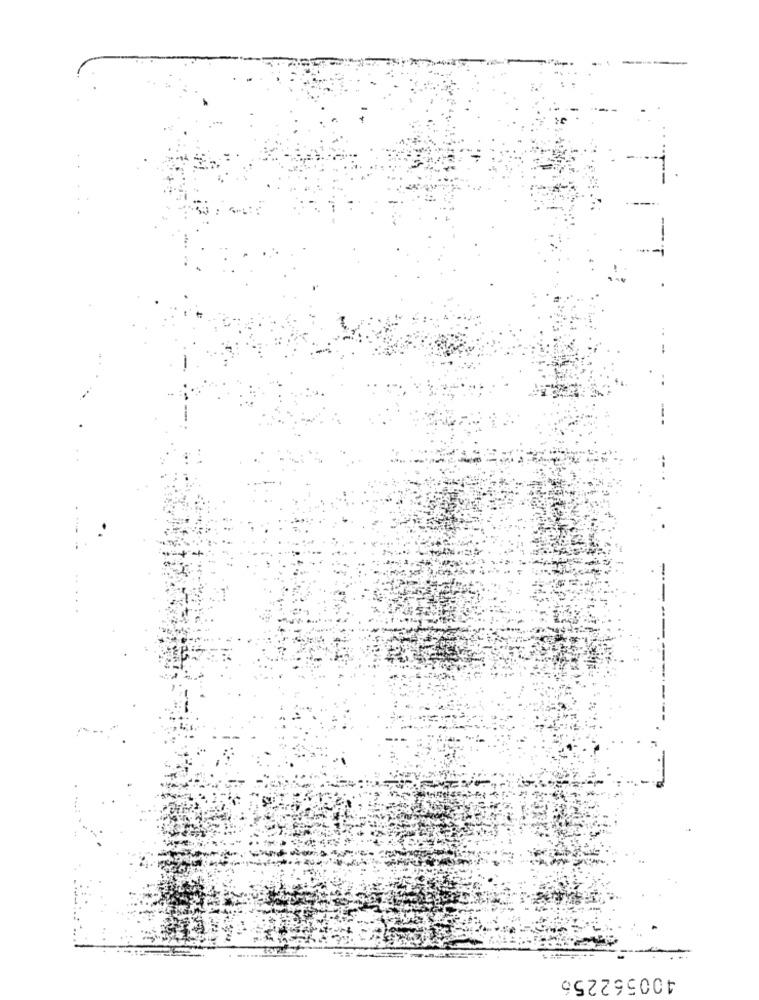
-
400562256